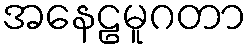
အနေဠမူဂတာ